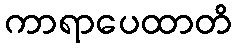
ကာရာပေထာတိ